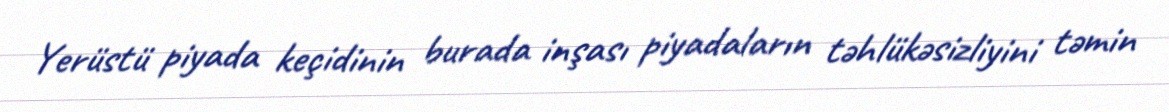
Yerüstü piyada keçidinin burada inşası piyadaların təhlükəsizliyini təmin